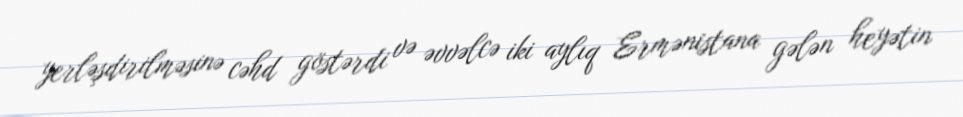
yerləşdirilməsinə cəhd göstərdi və əvvəlcə iki aylıq Ermənistana gələn heyətin